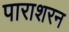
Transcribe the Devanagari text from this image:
पाराशरन